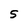
Character: S